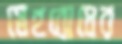
স্নেহবোধের